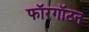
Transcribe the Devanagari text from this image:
फॉरगॉटन